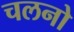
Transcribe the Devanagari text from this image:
चलनो